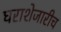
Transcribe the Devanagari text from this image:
घराशेजारीच